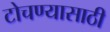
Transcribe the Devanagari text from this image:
टोचण्यासाठी